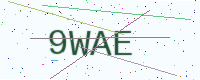
Text: 9WAE